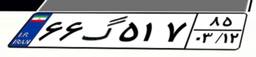
۶۶گ۵۱۷۸۵